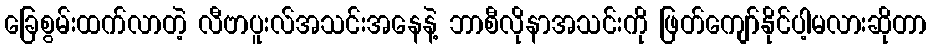
ခြေစွမ်းထက်လာတဲ့ လီဗာပူးလ်အသင်းအနေနဲ့ ဘာစီလိုနာအသင်းကို ဖြတ်ကျော်နိုင်ပါ့မလားဆိုတာ